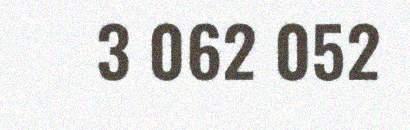
3 062 052